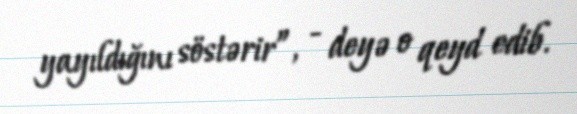
yayıldığını söstərir”, - deyə o qeyd edib.